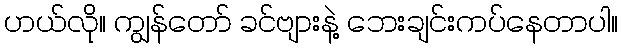
ဟယ်လို။ ကျွန်တော် ခင်ဗျားနဲ့ ဘေးချင်းကပ်နေတာပါ။